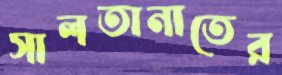
সালতানাতের